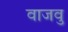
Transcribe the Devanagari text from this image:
वाजवु